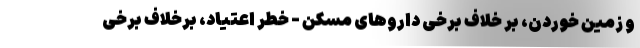
و زمین خوردن، بر خلاف برخی داروهای مسکن - خطر اعتیاد، برخلاف برخی